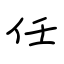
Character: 任